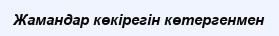
Жамандар көкірегін көтергенмен